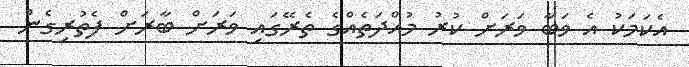
އެކަމަކު އެ ވަބާ ވަރަށް ކުރު މުއްދަތެއްގެ ތެރޭގައި ވަރަށް ބާރަށް ފެތުރިގެން